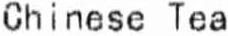
CHINESE TEA